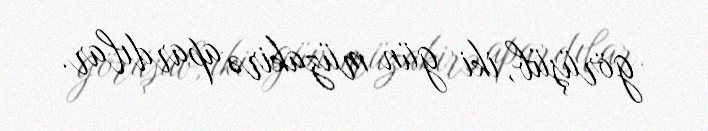
görüşüb, iki gün müzakirə apardılar.